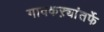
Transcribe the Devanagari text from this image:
गावकऱ्यांतर्फे